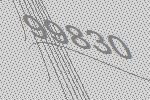
99830